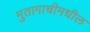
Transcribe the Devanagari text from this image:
मुतागाचीमधील